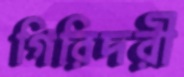
গিরিদরী